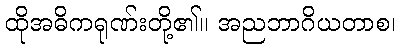
ထိုအဓိကရုဏ်းတို့၏။ အညဘာဂိယတာစ၊